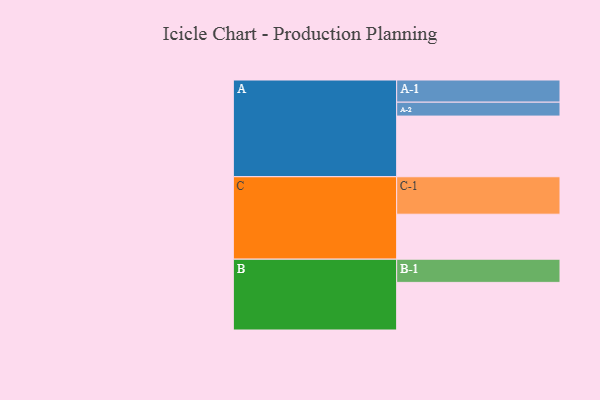
{"axis": {"x": "Segment", "y": "Value"}, "legend": ["", "A", "B", "C"], "data": [{"x": "A", "y": 484, "type": ""}, {"x": "B", "y": 380, "type": ""}, {"x": "C", "y": 359, "type": ""}, {"x": "A-1", "y": 177, "type": "A"}, {"x": "A-2", "y": 111, "type": "A"}, {"x": "B-1", "y": 185, "type": "B"}, {"x": "C-1", "y": 299, "type": "C"}]}